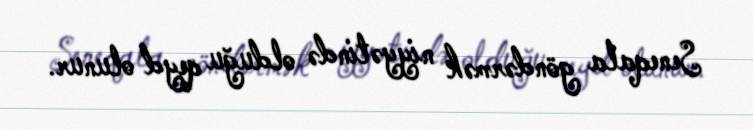
Seneqala göndərmək niyyətində olduğu qeyd olunur.